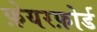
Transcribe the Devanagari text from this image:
फ़ेयरफ़ोर्ड